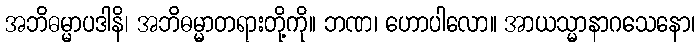
အဘိဓမ္မာပဒါနိ၊ အဘိဓမ္မာတရားတို့ကို။ ဘဏ၊ ဟောပါလော။ အာယသ္မာနာဂသေနော၊